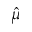
\hat { \mu }